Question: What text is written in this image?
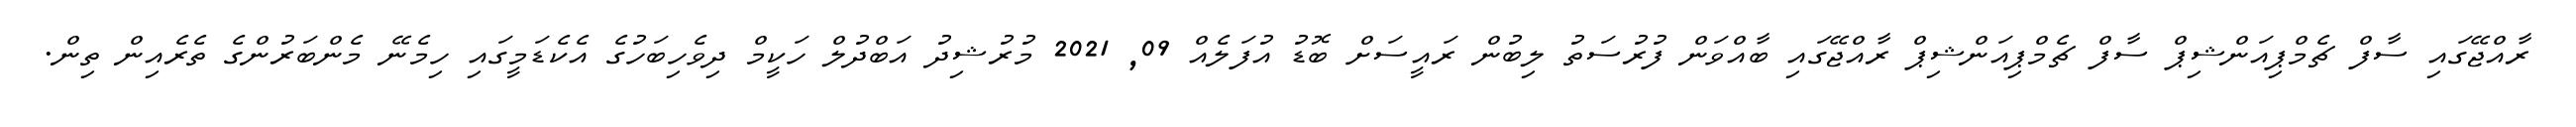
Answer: ރާއްޖޭގައި ސާފް ޗެމްޕިއަންޝިޕް ސާފް ޗެމްޕިއަންޝިޕް ރާއްޖޭގައި ބާއްވަން ފުރުސަތު ލިބުން ރައީސަށް ބޮޑު އުފަލެއް 09, 2021 މުރުޝިދު އަބްދުލް ހަކީމް ދިވެހިބަހުގެ އެކެޑަމީގައި ހިމެނޭ މެންބަރުންގެ ތެރެއިން ތިން.